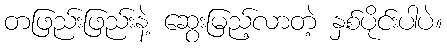
တဖြည်းဖြည်းနဲ့ ဆွေးမြည့်လာတဲ့ နှစ်ပိုင်းပါပဲ။